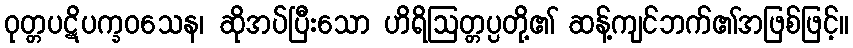
ဝုတ္တပဋိပက္ခဝသေန၊ ဆိုအပ်ပြီးသော ဟိရိဩတ္တပ္ပတို့၏ ဆန့်ကျင်ဘက်၏အဖြစ်ဖြင့်။